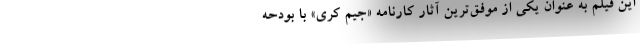
این فیلم به عنوان یکی از موفق‌ترین آثار کارنامه «جیم کری» با بودحه